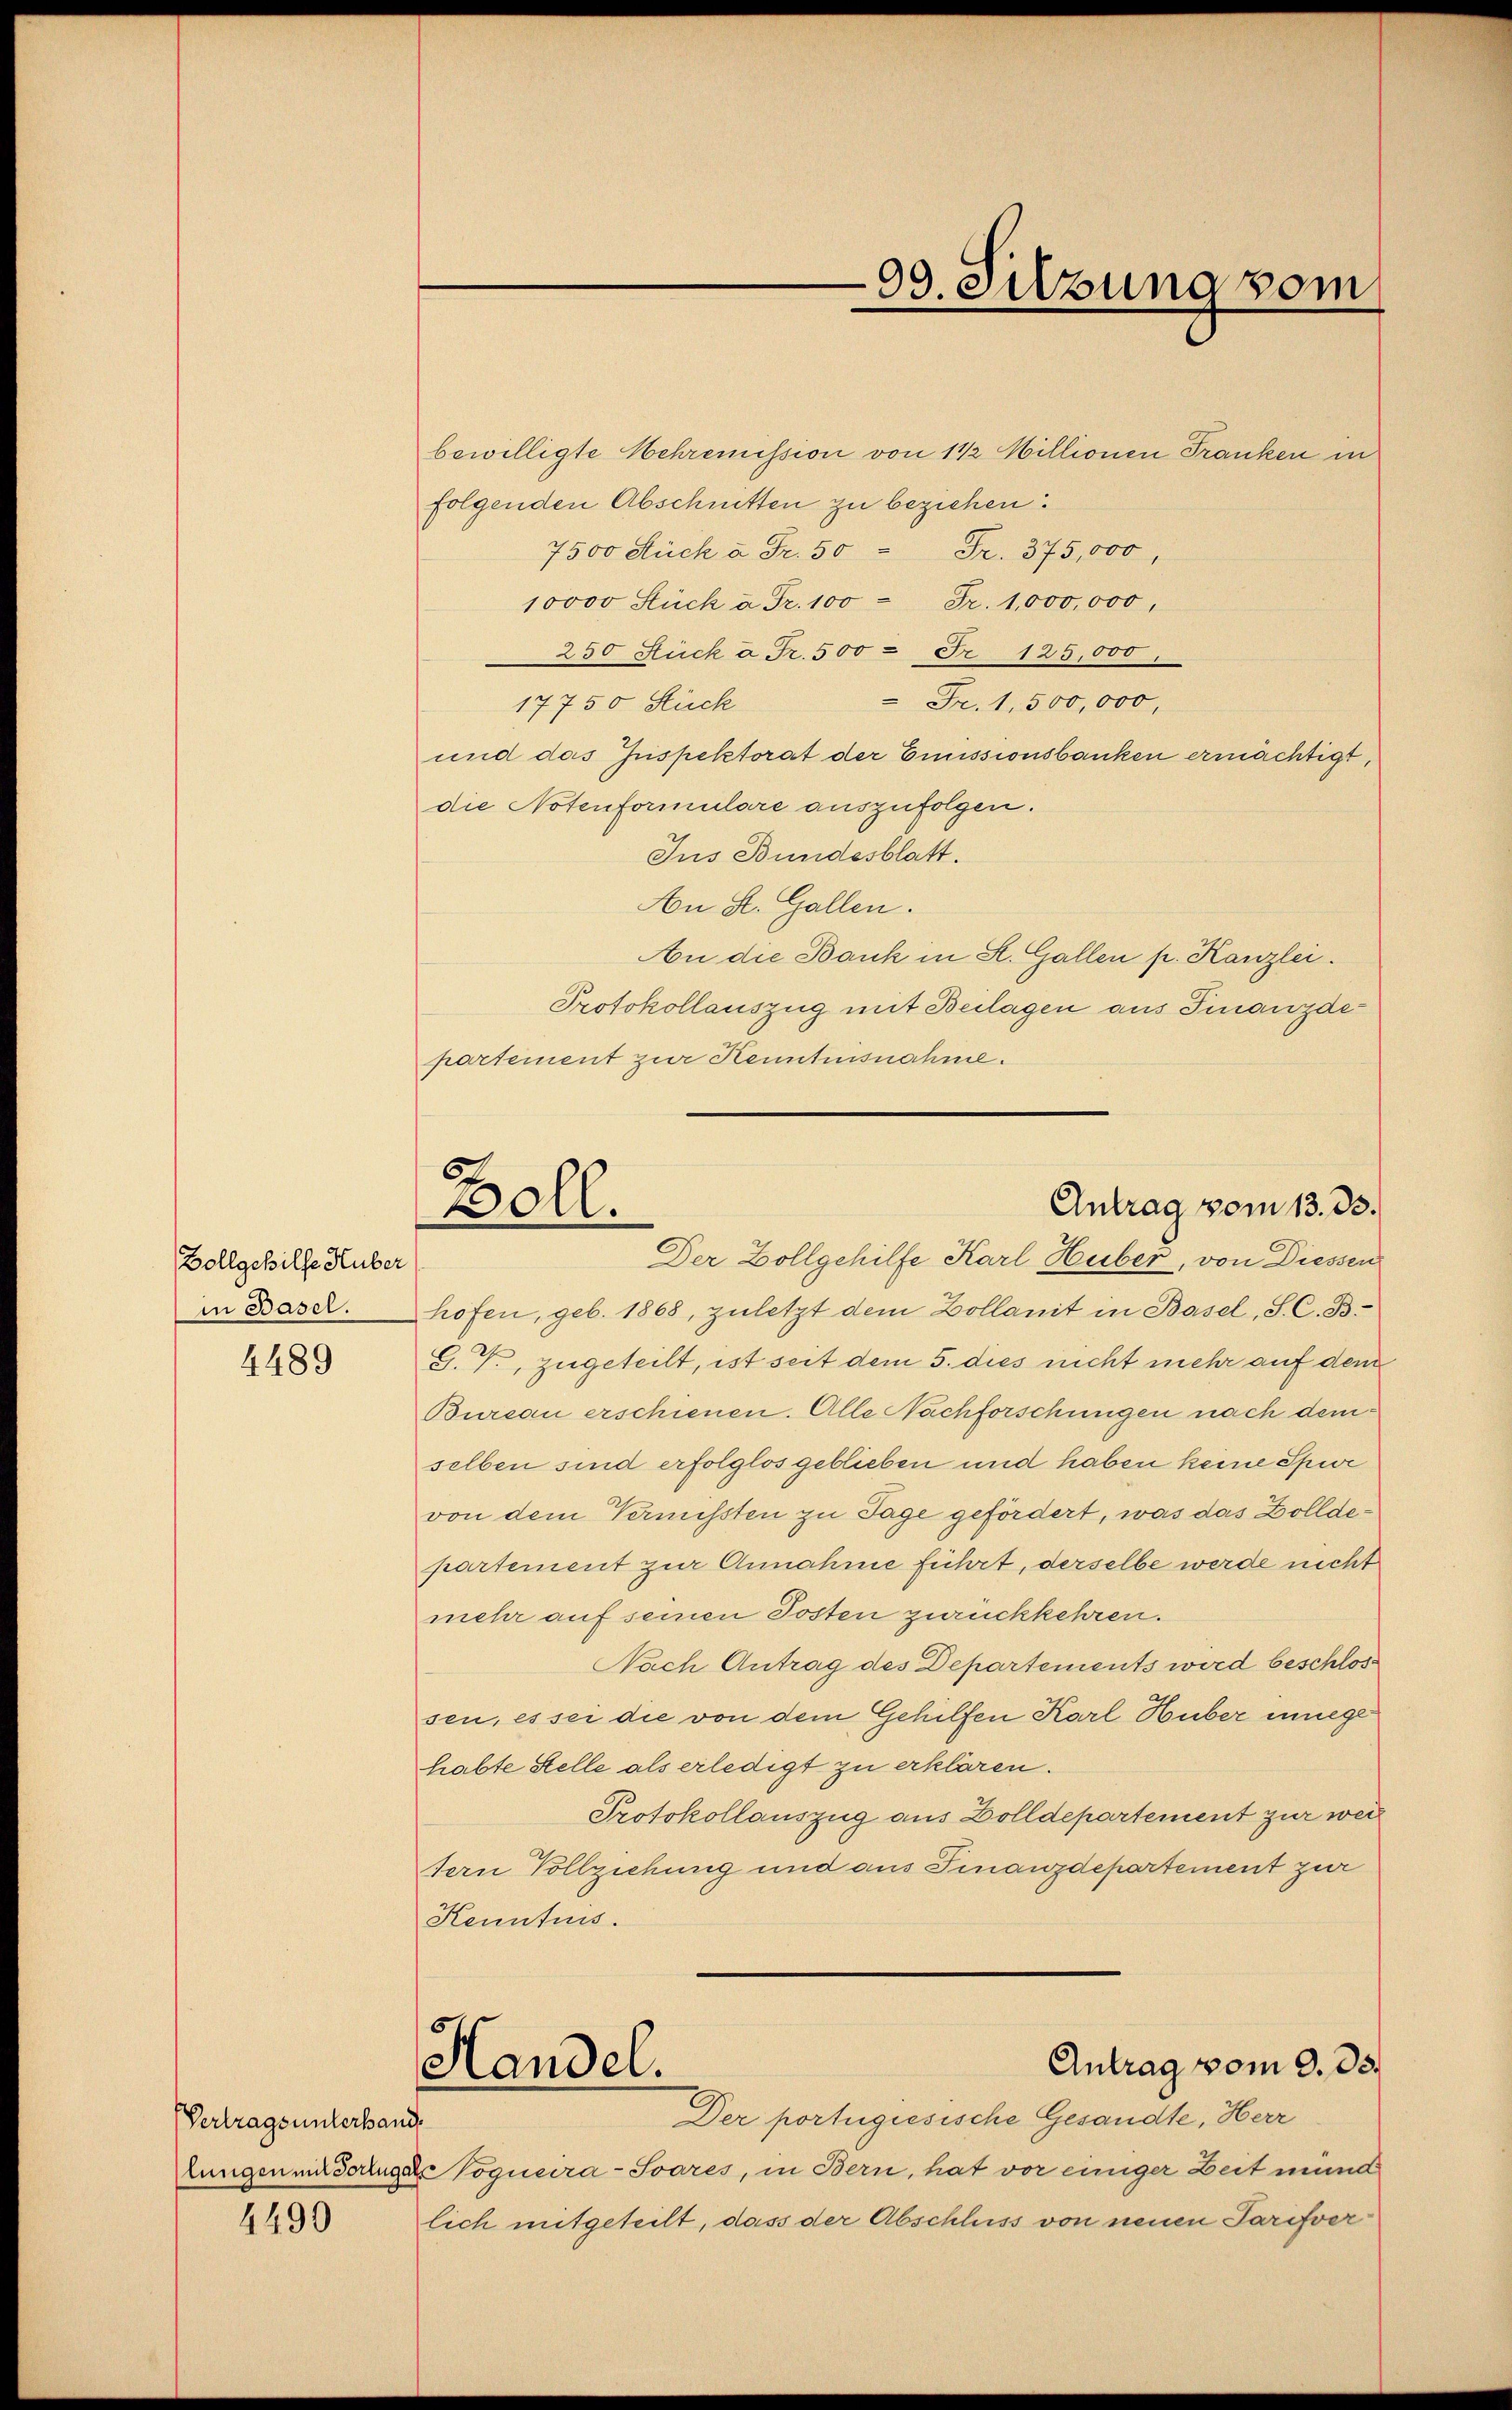
Bollgehilfe Huber
in Basel.
4489

Vertragsunterhand.

4490

bewilligte Mehremission von 1 1/2 Millionen Franken in
folgenden Abschnitten zu beziehen.
7500 Stück à Fr. 50 Fr. 375,000,
10000 Stück à Fr. 100 Fr. 1,000,000,
250 Stück à Fr. 500 = Fr. 125,000
 Fr. 1,500,000,
17750 Stück
und das Inspektorat der Emissionsbanken ermächtigt,
die Notenformulare auszufolgen.
Jus Bundesblatt.
An St. Gallen.
An die Bank in St. Gallen p. Kanzlei.
Protokollauszug mit Beilagen aus Finanzdepartement zur Kenntnisnahme.

90. Silzung vom

A
Antrag vom 13. 33.
Boll.
Der Zollgehilfe Karl Huber, von Diessen

hofen, geb. 1868, zuletzt dem Zollanit in Basel, S. C. B.
G. T., zugeteilt, ist seit dem 5. dies nicht mehr auf dem
Bureau erschienen. Alle Nachforschungen nach dem
selben sind erfolglos geblieben und haben keine Spur
von dem Vermissten zu Tage gefördert, was das Zolldepartement zur Annahme führt, derselbe werde nicht
mehr auf seinen Posten zurückkehren.
Nach Antrag des Departements wird beschlos
sen, es sei die von dem Gehilfen Karl Huber innege
habte Stelle als erledigt zu erklären.
Protokollauszug aus Zolldepartement zur wei
sern Vollziehung und aus Finanzdepartement zur
Kenntnis.
Antrag vom 9. 83.
Handel.
Der portugiesische Gesandte, Herr
Lungen mortugale Vogueira-Soares, in Bern, hat vor einiger Zeit münd
lich mitgeteilt, dass der Abschluss von neuen Tarifver¬